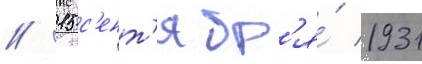
// 15 с'ент'ябр'я́ 1931